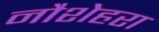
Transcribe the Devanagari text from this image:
नौशेहरा